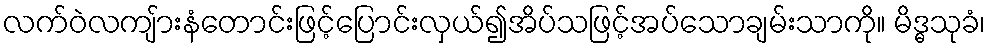
လက်ဝဲလကျ်ားနံတောင်းဖြင့်ပြောင်းလှယ်၍အိပ်သဖြင့်အပ်သောချမ်းသာကို။ မိဒ္ဓသုခံ၊